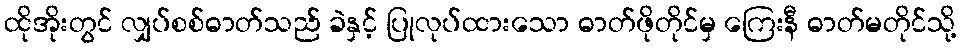
ထိုအိုးတွင် လျှပ်စစ်ဓာတ်သည် ခဲနှင့် ပြုလုပ်ထားသော ဓာတ်ဖိုတိုင်မှ ကြေးနီ ဓာတ်မတိုင်သို့